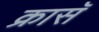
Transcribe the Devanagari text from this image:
क्रासॅ